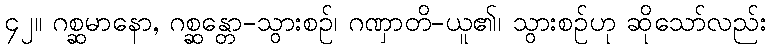
၄၂။ ဂစ္ဆမာနော, ဂစ္ဆန္တော-သွားစဉ်၊ ဂဏှာတိ-ယူ၏၊ သွားစဉ်ဟု ဆိုသော်လည်း